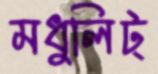
মধুলিট্‌